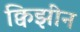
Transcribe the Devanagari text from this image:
क्विझीन